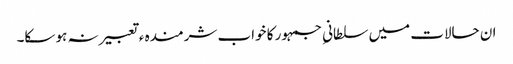
ان حالات میں سلطانیِ جمہور کا خواب شرمندہ ء تعبیر نہ ہو سکا۔